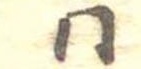
同